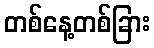
တစ်နေ့တစ်ခြား